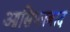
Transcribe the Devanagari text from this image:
आसिफाबाद